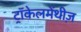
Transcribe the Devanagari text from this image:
ट्रॉकेलमेंथीज़